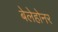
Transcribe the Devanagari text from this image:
बेलेहोनर